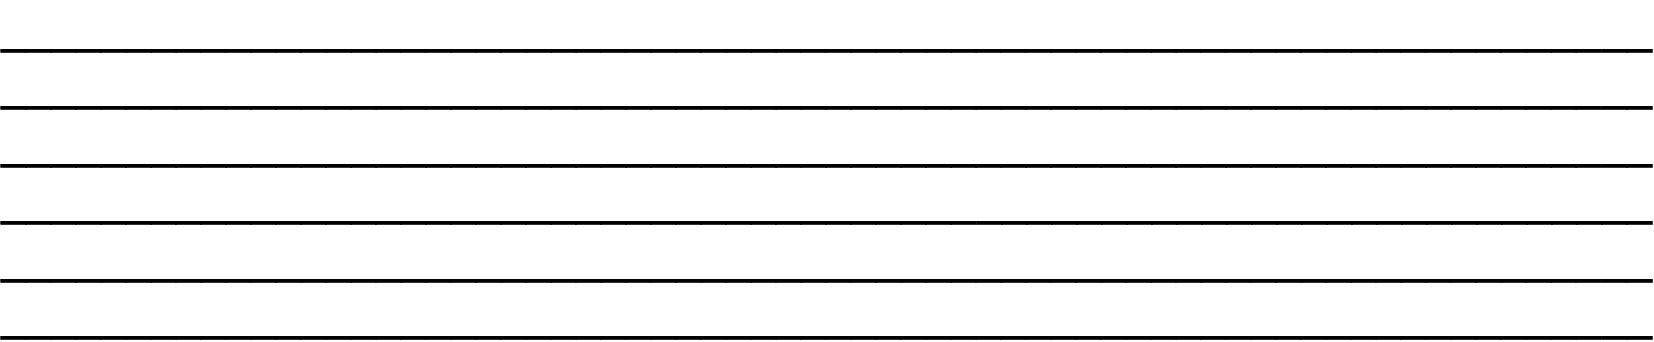
__________________________________________________________________ __________________________________________________________________ __________________________________________________________________ __________________________________________________________________ __________________________________________________________________ __________________________________________________________________